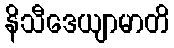
နိသီဒေယျာမာတိ